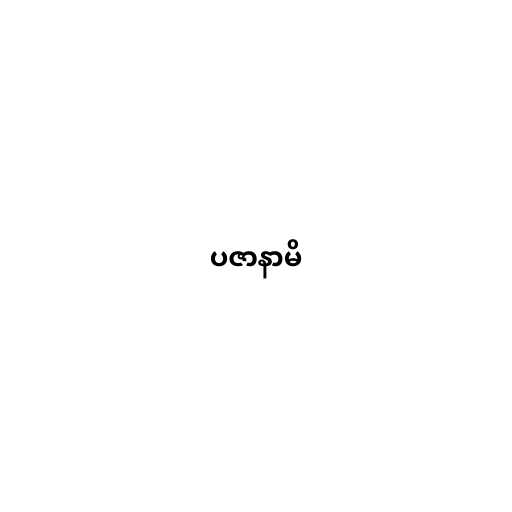
ပဇာနာမိ